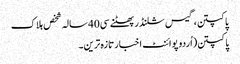
پاکپتن،گیس سلنڈر پھٹنے سی40 سالہ شخص ہلاک
پاکپتن(اُردو پوائنٹ اخبارتازہ ترین۔